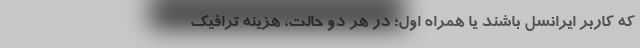
که کاربر ایرانسل باشند یا همراه اول؛ در هر دو حالت، هزینه ترافیک